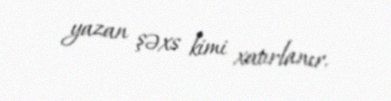
yazan şəxs kimi xatırlanır.